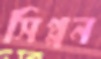
সিপ্পন